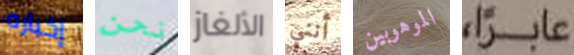
إخباره نحن الألغاز أنني الموهوبين عابراً